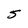
Character: S